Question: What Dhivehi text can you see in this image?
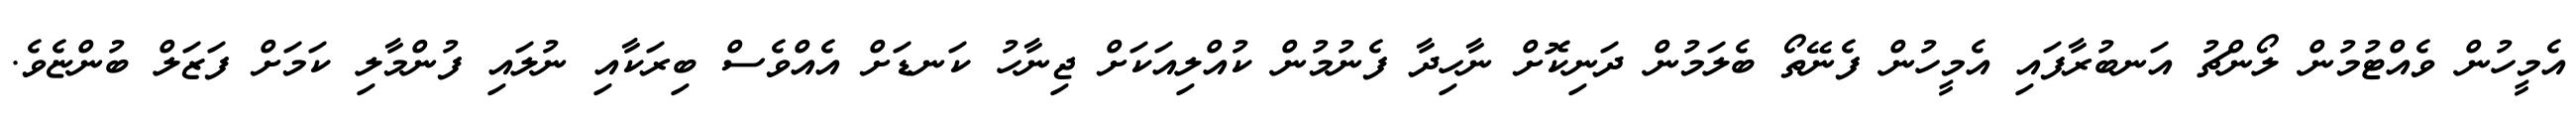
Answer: އެމީހުން ވެއްޓުމުން ލޯންޗު އަނބުރާފައި އެމީހުން ފެނޭތޯ ބެލަމުން ދަނިކޮށް ނާހިދާ ފެނުމުން ކުއްލިއަކަށް ޖިނާހު ކަނޑަށް އެއްވެސް ބިރަކާއި ނުލައި ފުންމާލި ކަމަށް ފަޒަލް ބުންޏެވެ.